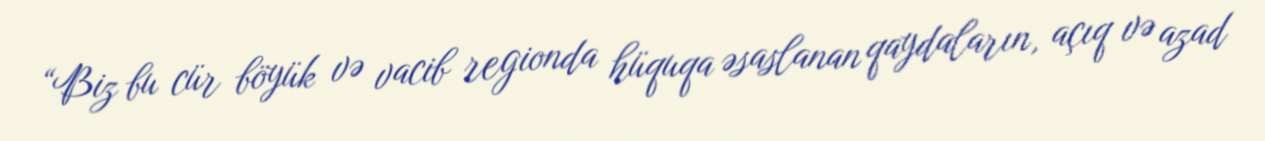
“Biz bu cür böyük və vacib regionda hüquqa əsaslanan qaydaların, açıq və azad